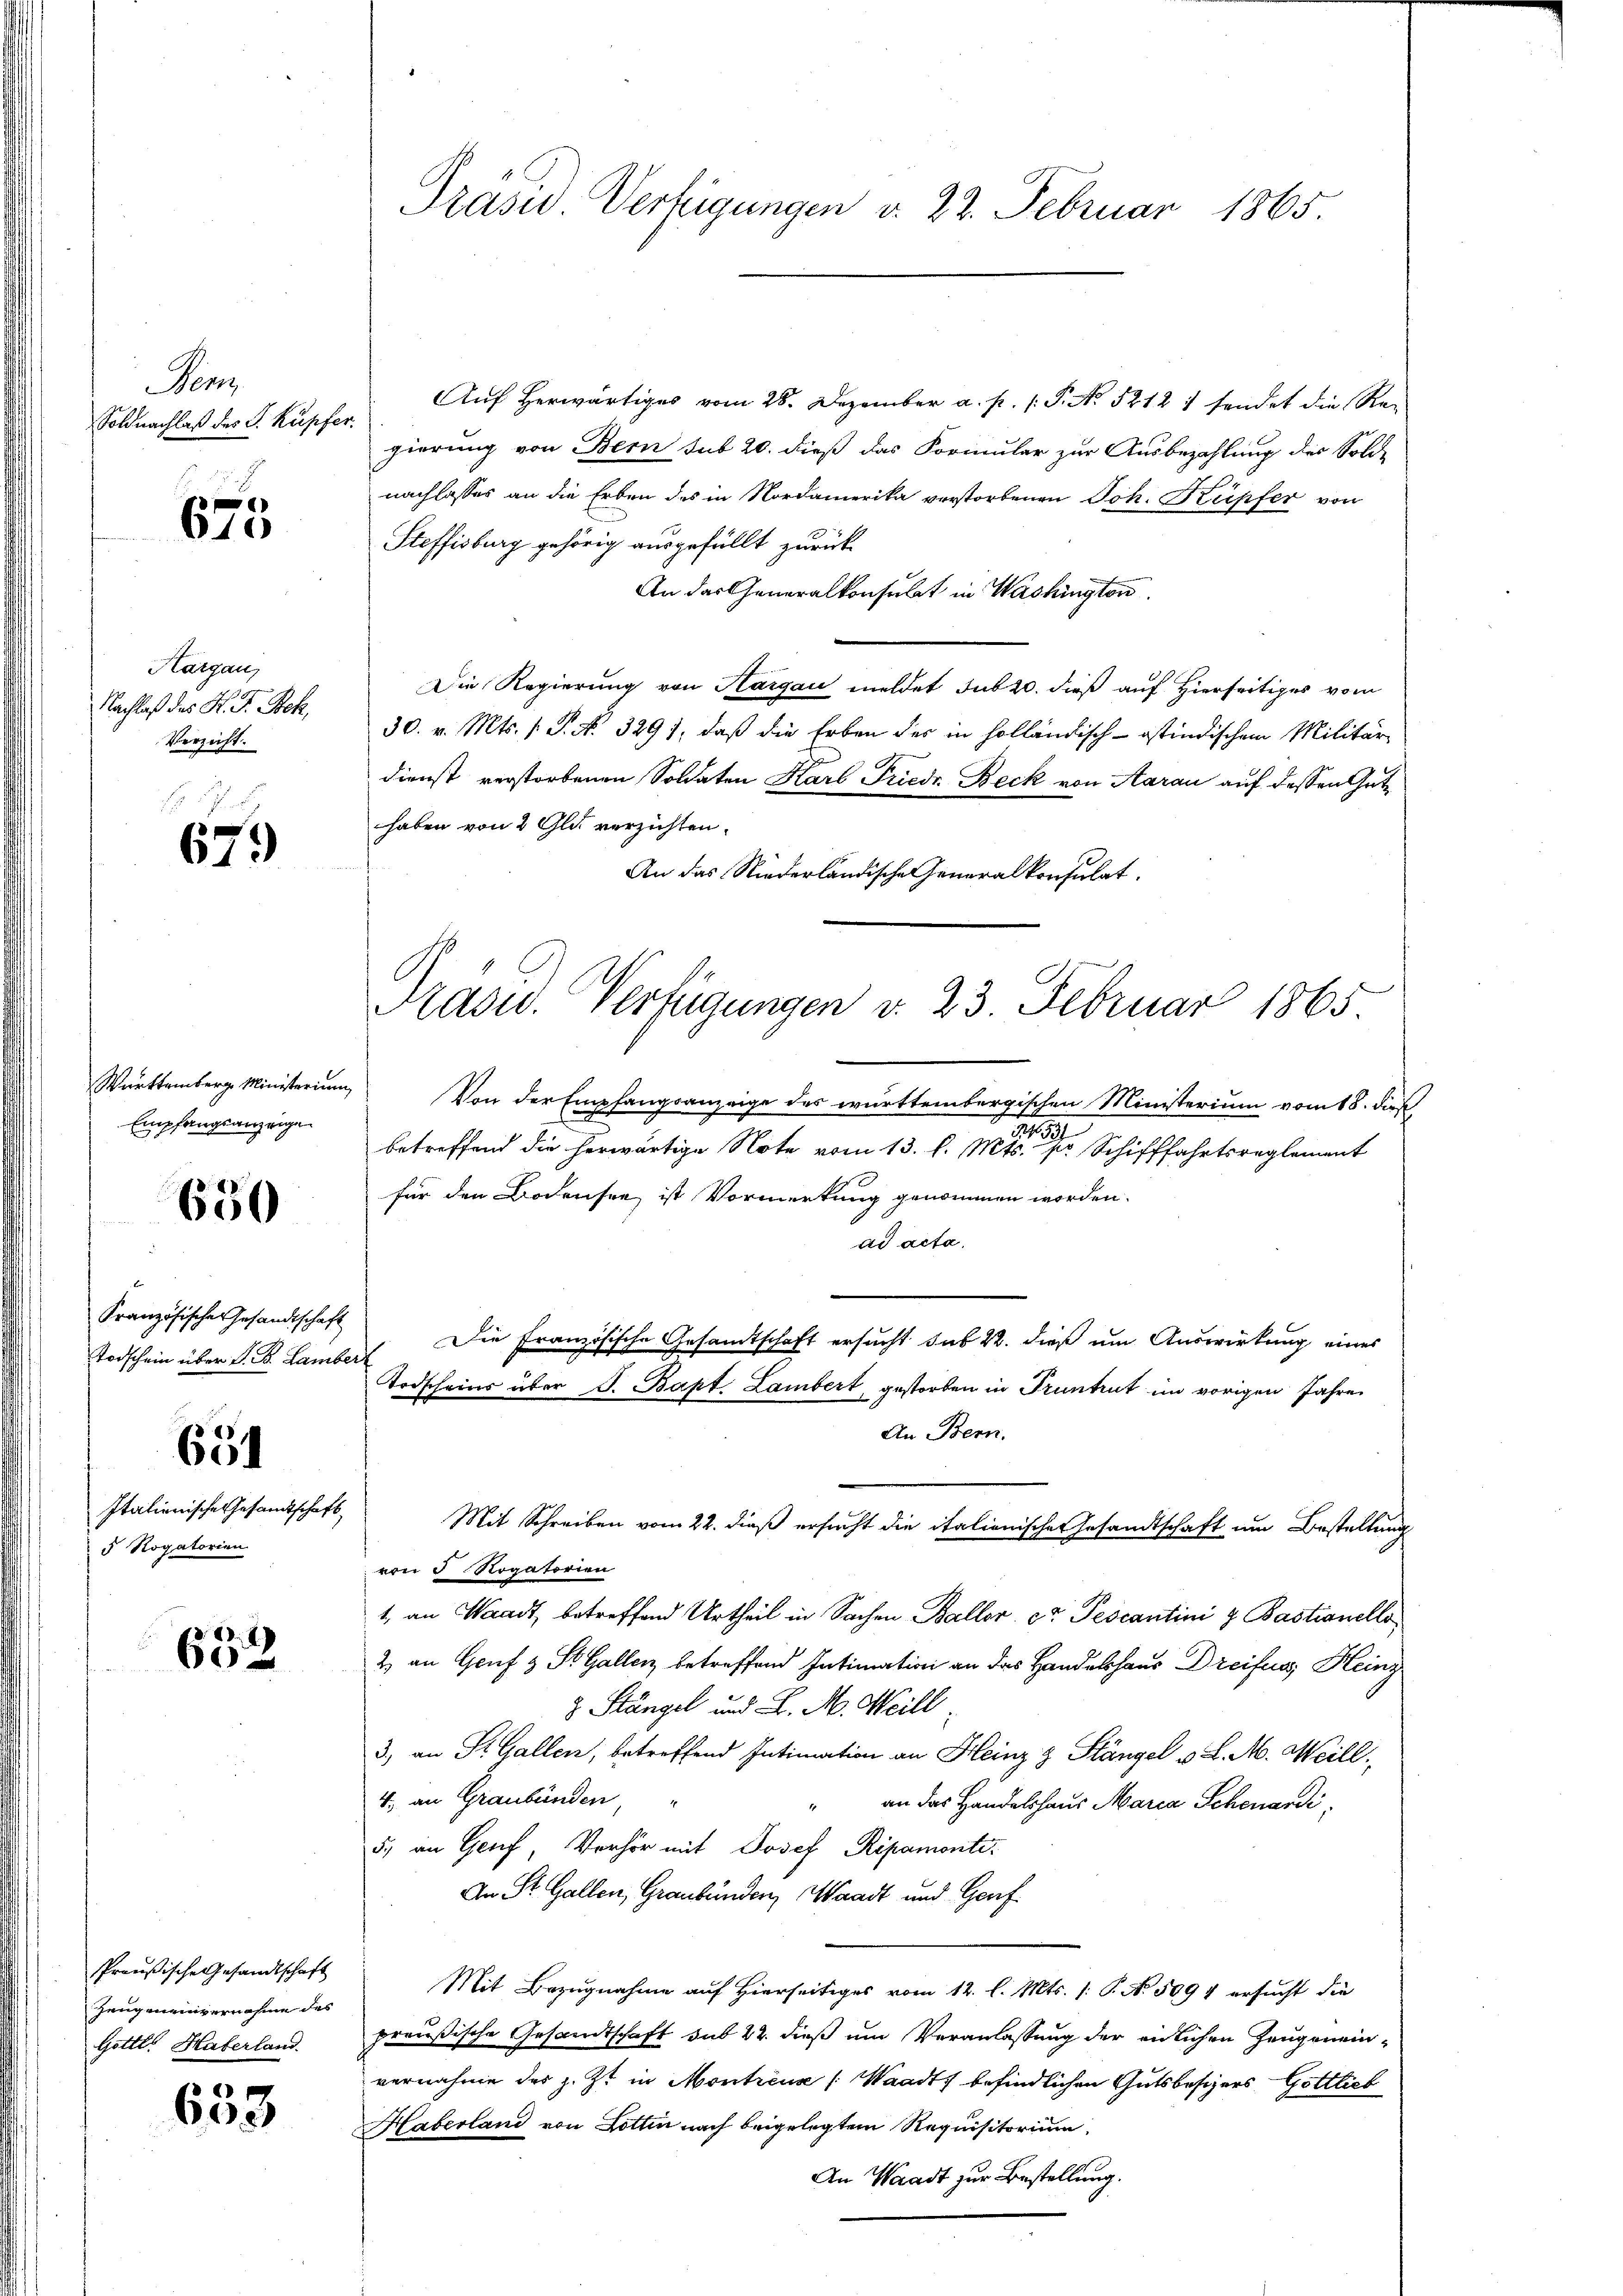
enz
Soldnachlaß des P. Kupfer.

675

Hargau,
Nachlaß des K. F. Bek.
Verzicht.

67.)

Empfangsanzeige

630

Französischer Gesandtschaft
Todschein über F. B. Lamber

651

Italienische Gesandtschaft
5 Rogatorien

28. 77
602

Preußische Gesandtschaft
Zeugeneinvernahme des
Gottl. Haberland.

653

Präsid. Vertigungen v. 22. Februar 1865.

Auf herwärtiges vom 28. Dezember a. p. 1. P. No. 52121 sendet die Regierung von Bern sub 20. dieß das Formular zur Ausbezahlung des Solde
nachlasses an die Erben des in Nordamerika verstorbenen Joh. Kupfer von
Steffisburg gehörig ausgefällt zurück
An das Generalkonsulat in Washington
Die Regierung von Hargau meldet sub 20. dieß auf Hierseitiges vom
30. v. Mts. 1. P. No. 3291, daß die Erben der in holländisch-östindischem Militär¬
Dienst verstorbenen Soldaten Karl Friedr. Beck von Aarau auf dessen Guthaben von 2 Glut verzichten.
An das Niederländische Generalkonsulat.
Württemberg Ministerium. Von der Empfangsanzeige des württembergischen Ministerium vom 18. daß
1891
betreffend die herwärtige Note vom 13. l. Mts. pr. Schifffahrtsreglement
für den Bodensee ist Vormerkung genommen worden.
ad acta.
Die Französische Gesandtschaft ersucht sub 22. dieß um Auswirkung eines
Todscheins über J. Bapt Lambert gestorben in Truntrut im vorigen Jahre
An Bern.
Mit Schreiben vom 22. dieß ersucht die italienischen Gesandtschaft um Bestellung
von 5 Rogatorien
1, an Waadt, betreffend Urtheil in Sachen Baller cr. Pescantini & Bastianello
2) an Gruf & St. Gallen betreffend Intimation an das Handelshaus Dreifuss Heinz
8 Stängel und L. M. Meill
3.) an St. Gallen, betreffend Intimation an Heinz & Stängel v. L. M. Meill.
4. an Graubünden,
an das Handelshaus Maria Schenardi
1
5) an Genf, Verhör mit Josef Ripamonte.
An St. Gallen, Graubünden, Waadt und Genf
Mit Bezugnahme auf Hierseitiges vom 12. l. Mts. /: P. N. 5094 ersucht die
preußische Gesandtschaft sub 22. dieß um Veranlassung der eidlichen Zeugeneinvernahme der z. Zt. in Montreux (Waadt befindlichen Gutsbesizers, Gottlich
Haberland von Lottin nach beigelegtem Requisitorium
An Waadt zur Bestellung.

Präsid.. Verfügungen v. 23. Februar 1865